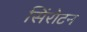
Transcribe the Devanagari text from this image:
सिंरोटन